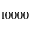
1 0 0 0 0